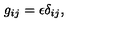
g _ { i j } = \epsilon \delta _ { i j } ,